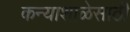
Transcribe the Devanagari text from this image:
कन्याशाळेसाठी